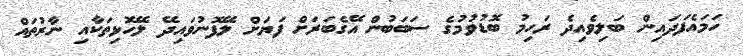
ހަމައެފަދައިން ބަލިވެއިދެ ރަހިމު ބޮޑުވުމުގެ ސަބަބުން އޭގެބަރަށް ފަޔަށް ލޭފޮނުވައިދޭ ލޭހޮޅިތަކާއި ނާރުތައް